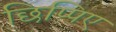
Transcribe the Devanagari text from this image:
छिप्पिए